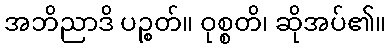
အဘိညာဒိ ပဉ္စတ်။ ဝုစ္စတိ၊ ဆိုအပ်၏။